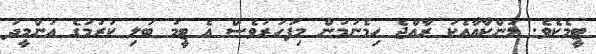
ޓީމެކެވެ. ލަންކާއާއެކު ރާއްޖެ ހިމެނުމުން މިފަހަރުވެސް އެ ޓީމު ބަލި ކުރުމުގެ އުންމީދު